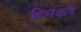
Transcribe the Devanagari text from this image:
हिमकडे